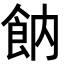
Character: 𩚛